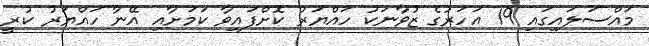
މައްސަލައިގައި 19 އަހަރުގެ ޒުވާނަކު ހައްޔަރު ކޮށްފައިވާ ކަމަށާއި އޭނާ ހައްޔަރު ކުރީ